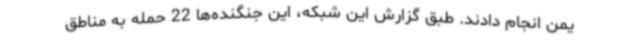
یمن انجام دادند. طبق گزارش این شبکه، این جنگنده‌ها 22 حمله به مناطق